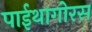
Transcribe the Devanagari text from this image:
पाईथागोरस